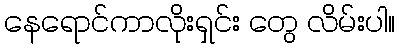
နေရောင်ကာလိုးရှင်း တွေ လိမ်းပါ။